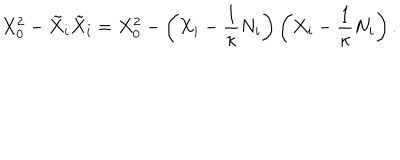
LaTeX: X _ { 0 } ^ { 2 } - \tilde { X } _ { i } \tilde { X } _ { i } = X _ { 0 } ^ { 2 } - \left( X _ { i } - \frac 1 \kappa N _ { i } \right) \left( X _ { i } - \frac 1 \kappa N _ { i } \right) .